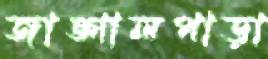
জাঙ্গালপাড়া